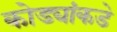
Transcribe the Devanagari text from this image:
कोड्यांकडे